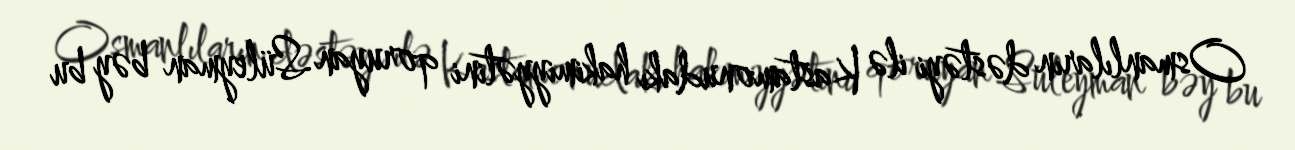
Osmanlıların dəstəyi ilə Kastamonudakı hakimiyyətini qoruyan Süleyman bəy bu